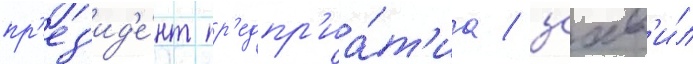
пр'ез'ид'е́нт пр'едпр'иа́т'иа / заав'и́л